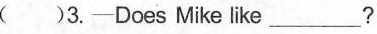
( )3.—Does Mike like ___?